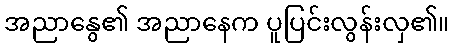
အညာနွေ၏ အညာနေက ပူပြင်းလွန်းလှ၏။